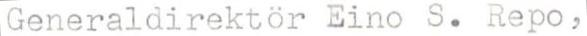
Generaldirektör Eino S. Repo,